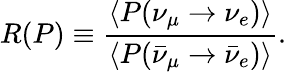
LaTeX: R(P)\equiv\frac{\langle P(\nu_{\mu}\to\nu_{e})\rangle}{\langle P(\bar{\nu}_{\mu}\to\bar{\nu}_{e})\rangle}.